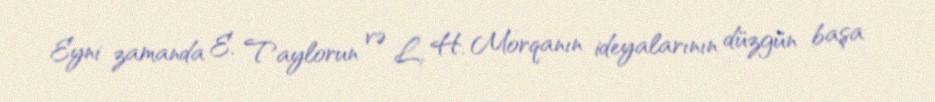
Eyni zamanda E. Taylorun və L. H. Morqanın ideyalarının düzgün başa